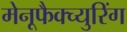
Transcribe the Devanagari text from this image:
मेनूफैक्च्युरिंग